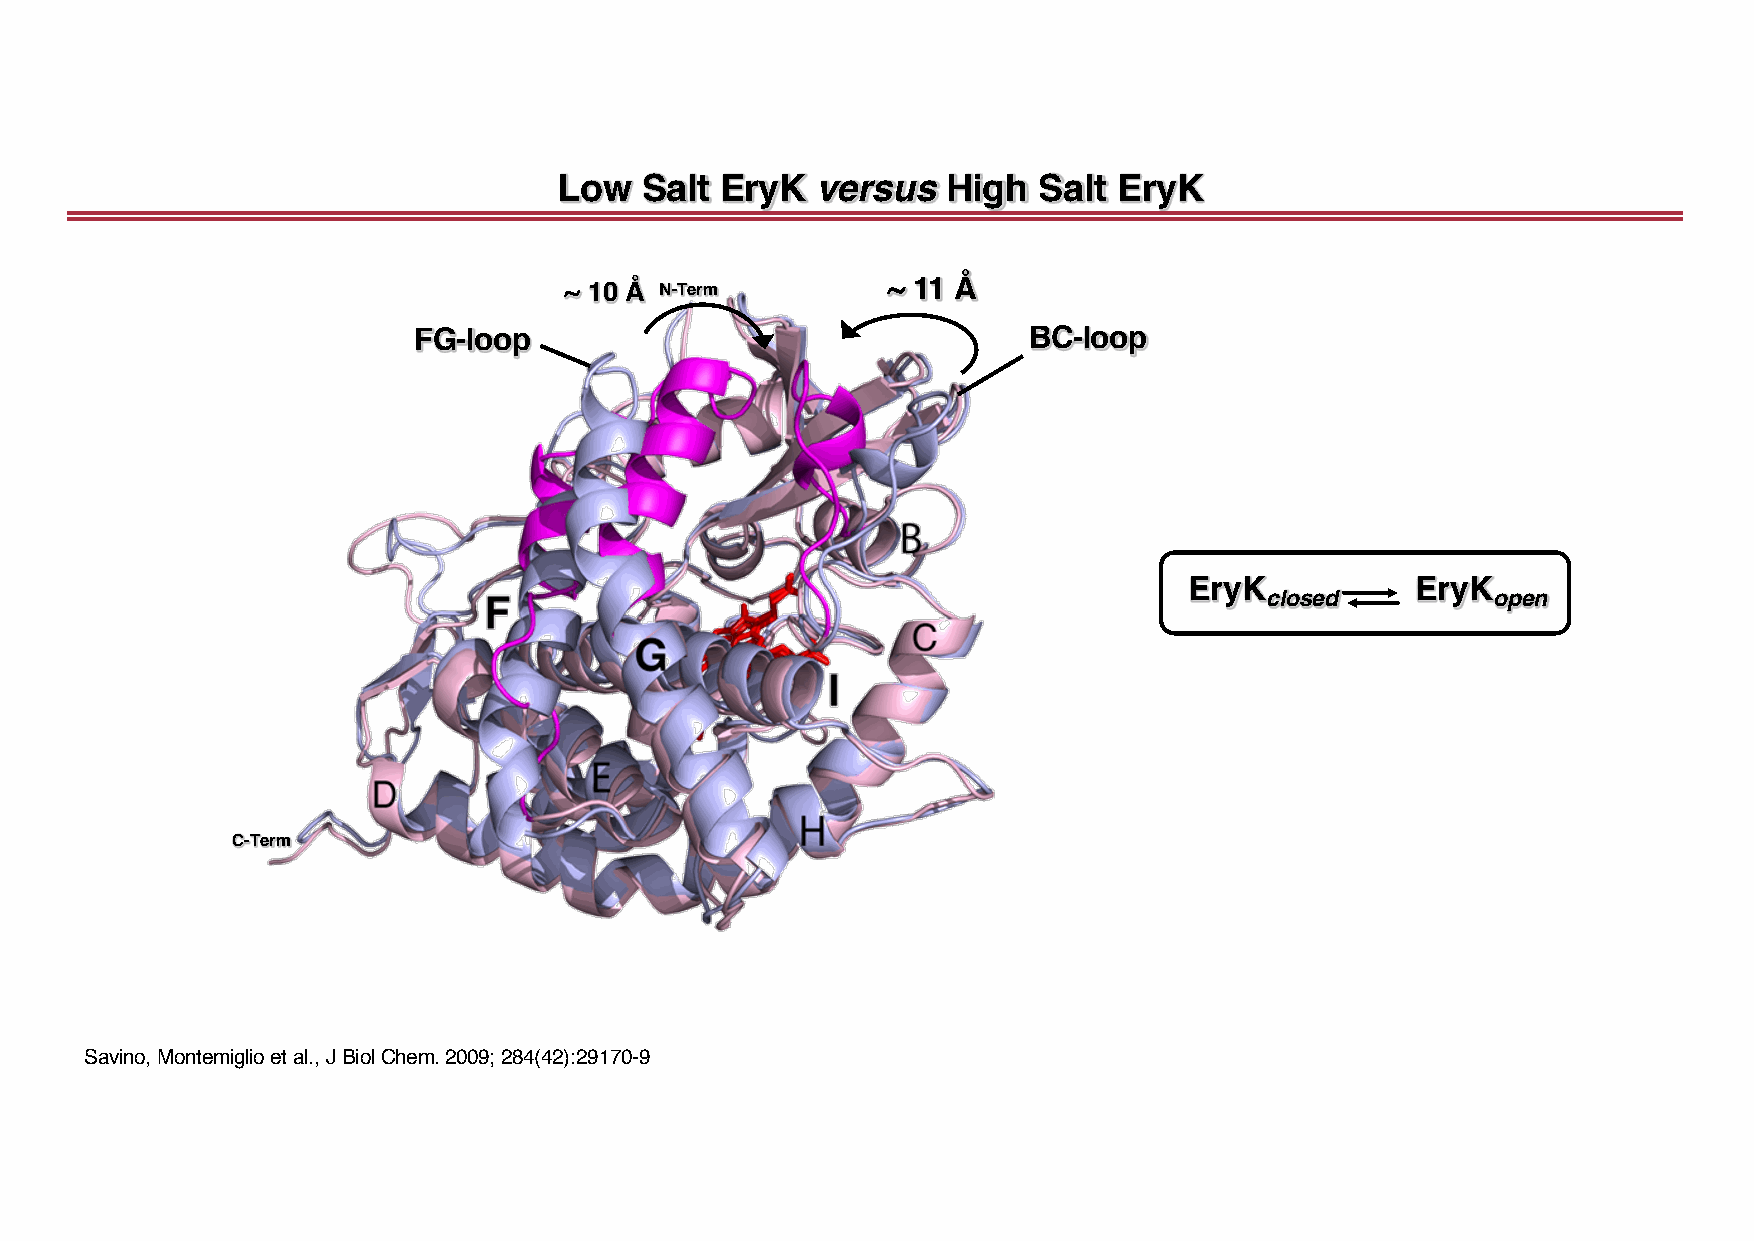
Low  Salt  EryK  versus   High  Salt EryK
 ~ 10 Å N-Term         ~ 11 Å
 FG-loop                                  BC-loop
 EryK           EryK
 closed         open
 C-Term
 Savino, Montemiglio et al., JBiolChem. 2009; 284(42):29170-9